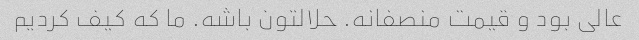
عالی بود و قیمت منصفانه. حلالتون باشه. ما که کیف کردیم